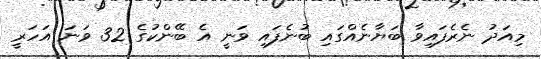
މިއަދު ނެރެފައިވާ ބަޔާނެއްގައި ބުނެފައި ވަނީ އެ ބޭންކުގެ 32 ވަނަ އަހަރީ